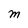
Character: m